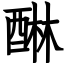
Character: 醂